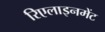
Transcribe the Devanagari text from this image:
रिएलाइनमेंट